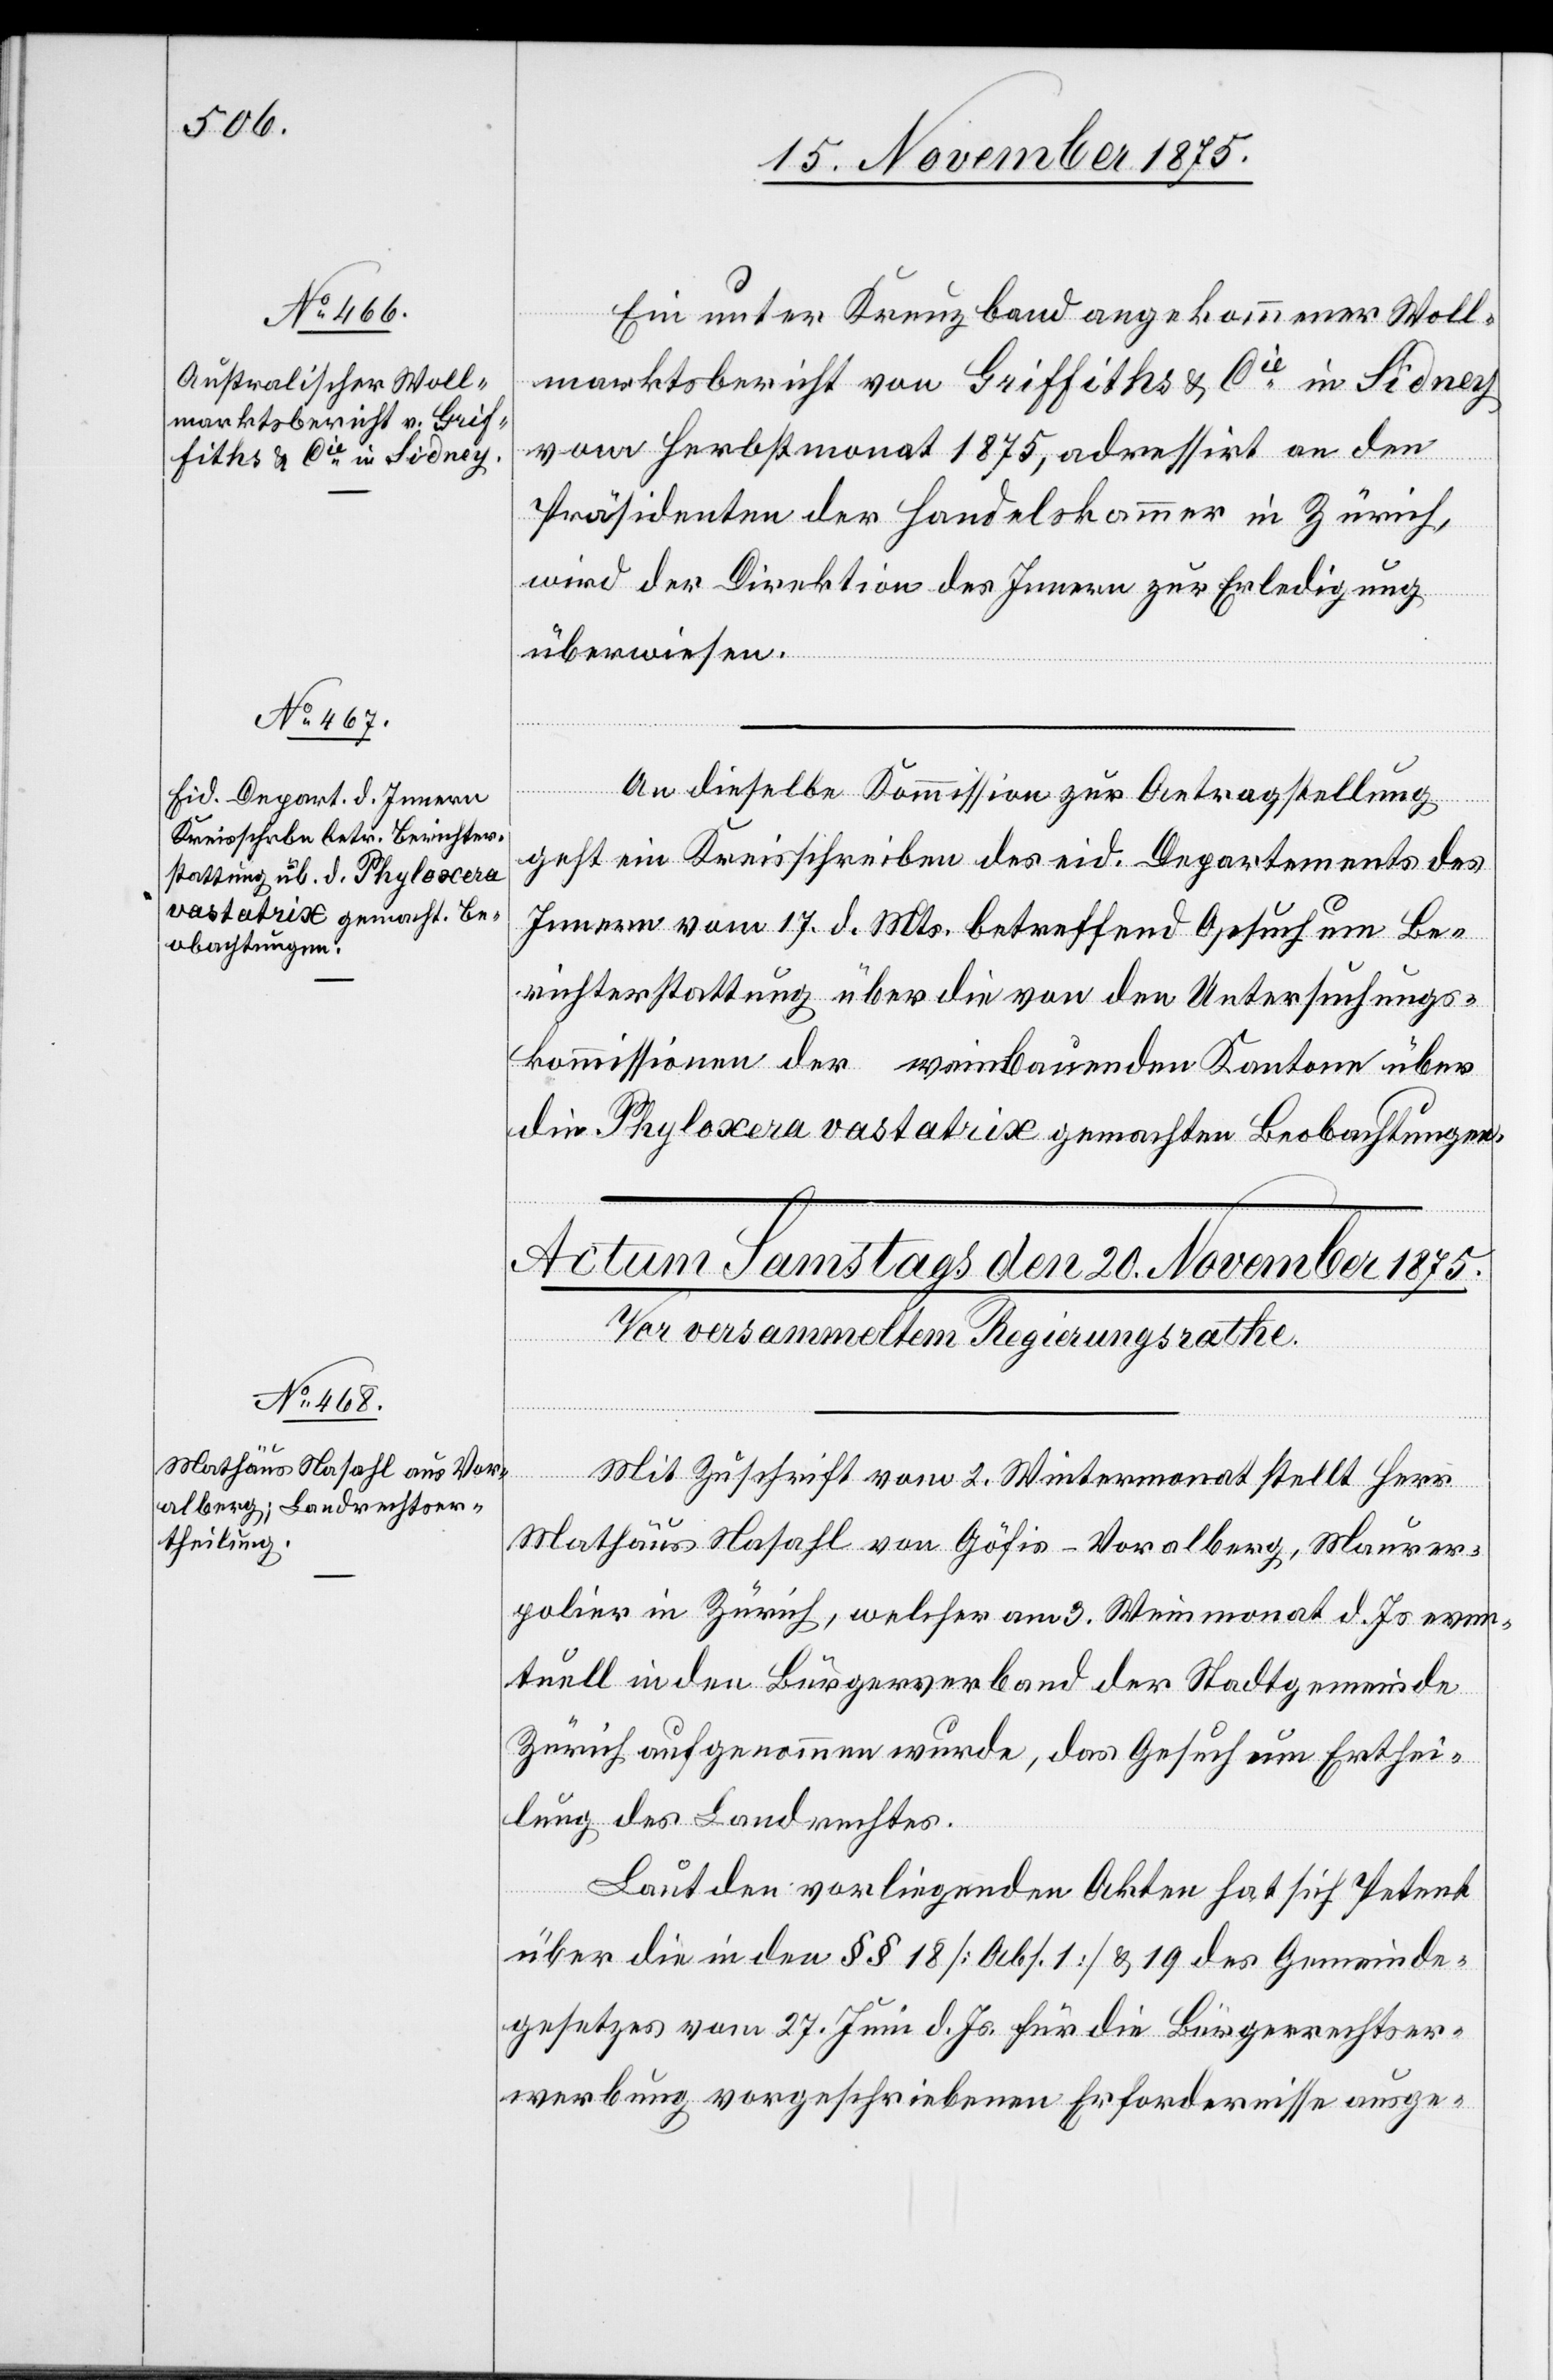
19. November 1875.]
Ein unter Kreuzband angekommener Woll¬
marktsbericht von Griffiths & Cie in Sidney
vom Herbstmonat 1875, adressirt an den
Präsidenten der Handelskammer in Zürich,
wird der Direktion des Innern zur Erledigung
überwiesen.
An dieselbe Kommission zur Antragstellung
geht ein Kreisschreiben des eid. Departements des
Innern vom 17. d. Mts. betreffend Gesuch um Be¬
richterstattung über die von den Untersuchungs¬
kommissionen der weinbauenden Kantone über
die Phyloxera vastatrix gemachten Beobachtungen.